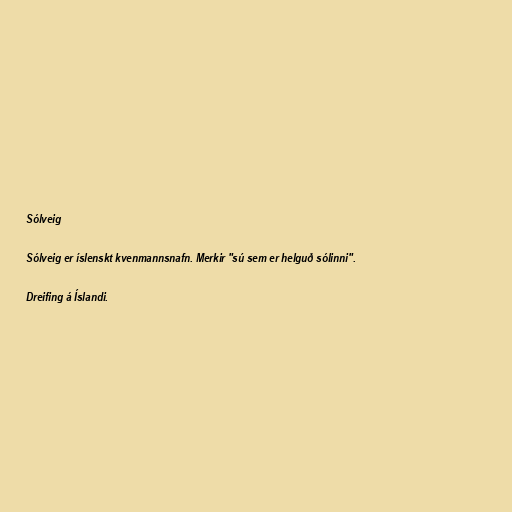
Sólveig

Sólveig er íslenskt kvenmannsnafn. Merkir "sú sem er helguð sólinni".

Dreifing á Íslandi.